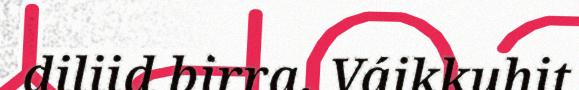
diliid birra. Váikkuhit